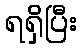
ရရှိပြီး